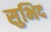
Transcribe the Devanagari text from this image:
सुभिद